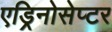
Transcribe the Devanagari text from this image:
एड्रिनोसेप्टर